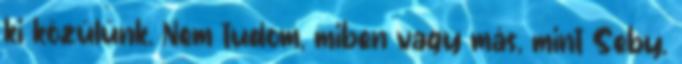
ki közülünk. Nem tudom, miben vagy más, mint Seby.